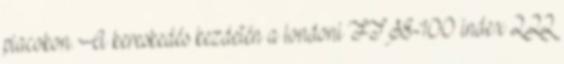
piacokon. A kereskedés kezdetén a londoni FTSE-100 index 2,22